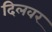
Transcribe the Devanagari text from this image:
दिलवर